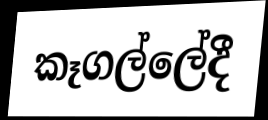
කෑගල්ලේදී